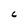
Character: c